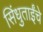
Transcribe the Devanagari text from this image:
सिंधुताईंचे